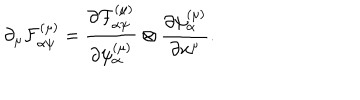
\partial _ { \mu } { \cal F } _ { \alpha \psi } ^ { \left( \mu \right) } = \frac { \partial { \cal F } _ { \alpha \psi } ^ { \left( \mu \right) } } { \partial \psi _ { \alpha } ^ { \left( \mu \right) } } \otimes \frac { \partial \psi _ { \alpha } ^ { \left( \mu \right) } } { \partial x ^ { \mu } } .